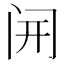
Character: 𫔭